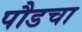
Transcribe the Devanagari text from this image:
पौडचा